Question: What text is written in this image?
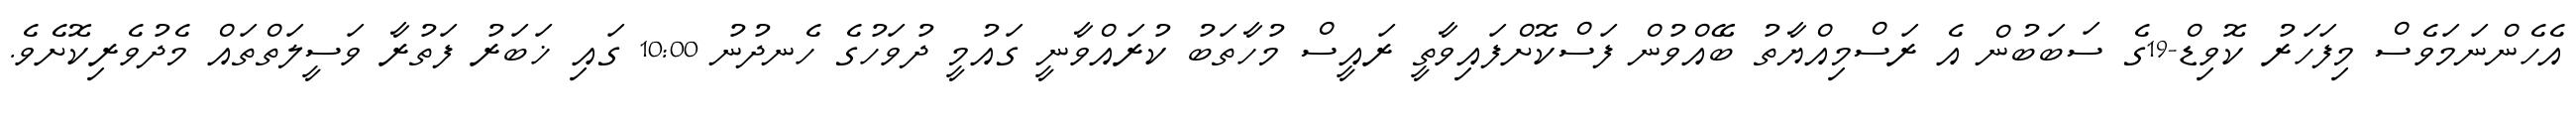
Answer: އެހެންނަމަވެސް މިފަހަރު ކޮވިޑް-19ގެ ސަބަބުން އެ ރަސްމިއްޔާތު ބޭއްވުން ފަސްކޮށްފައިވާތީ ރައީސް މުހާތަބު ކުރައްވާނީ ގައުމީ ދުވަހުގެ ހެނދުނު 10:00 ގައި ޚަބަރު ފަތުރާ ވަސީލަތްތައް މެދުވެރިކޮށެވެ.